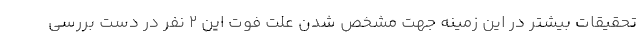
تحقیقات بیشتر در این زمینه جهت مشخص شدن علت فوت این ۲ نفر در دست بررسی